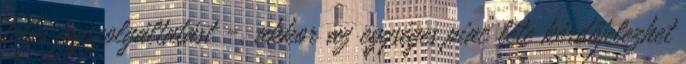
teljes jogszolgáltatást -, akkor az egységes piac léte kérdőjelezhet